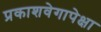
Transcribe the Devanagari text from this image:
प्रकाशवेगापेक्षा